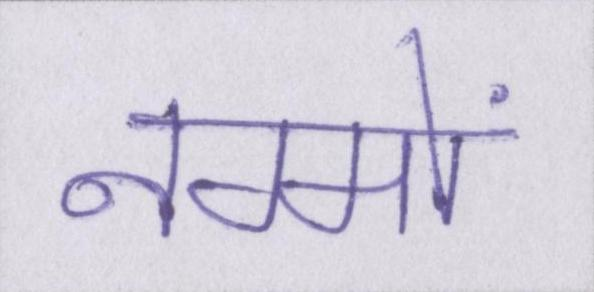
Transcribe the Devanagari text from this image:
नग्मों